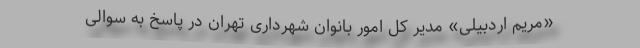
«مریم اردبیلی» مدیر کل امور بانوان شهرداری تهران در پاسخ به سوالی